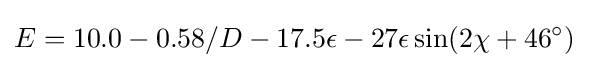
E=10.0-0.58/D-17.5\epsilon -27\epsilon \sin(2\chi +46^{\circ })